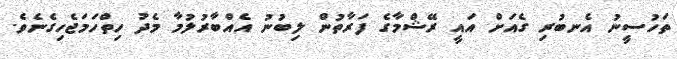
ތަހުސީނު އެނބުރި ގެއަށް އައީ ރޭޝްމާގެ ފަރާތުން ލިބުނު އެއްބާރުލުމާ މެދު ހިތްހަމަޖެހިގެނެވެ.